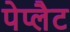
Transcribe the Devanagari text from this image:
पेप्लैट